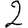
Digit: 2